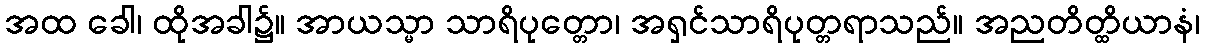
အထ ခေါ၊ ထိုအခါ၌။ အာယသ္မာ သာရိပုတ္တော၊ အရှင်သာရိပုတ္တရာသည်။ အညတိတ္ထိယာနံ၊